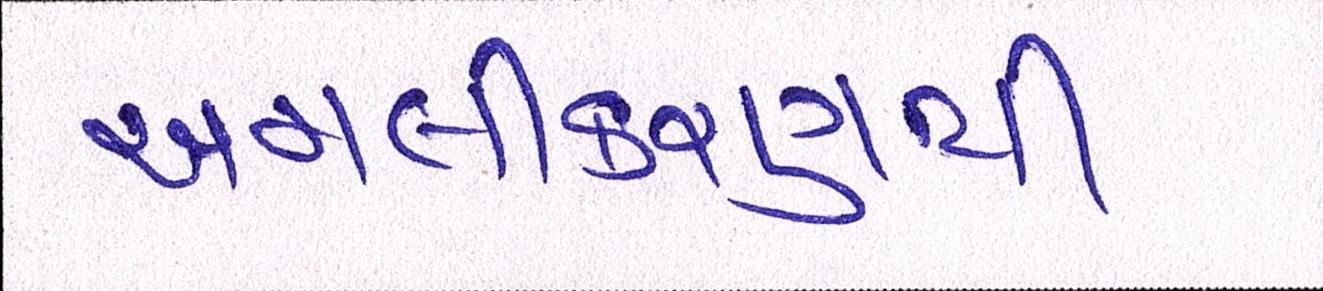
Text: અમલીકરણથી